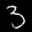
Label: 3